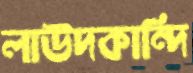
লাউদকান্দি